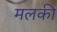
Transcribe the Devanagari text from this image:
मलकी